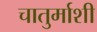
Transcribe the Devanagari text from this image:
चातुर्माशी